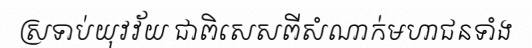
ស្រទាប់យុវវ័យ ជាពិសេសពីសំណាក់មហាជនទាំង